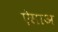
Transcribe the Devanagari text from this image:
ऐसाअ